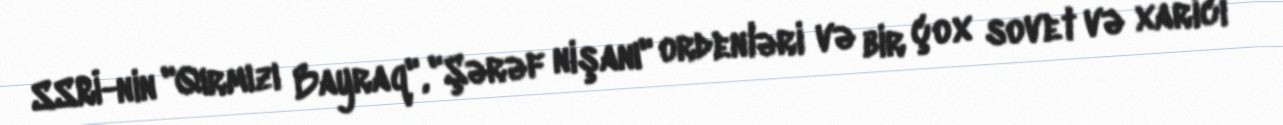
SSRİ-nin "Qırmızı Bayraq", "Şərəf nişanı" ordenləri və bir çox sovet və xarici